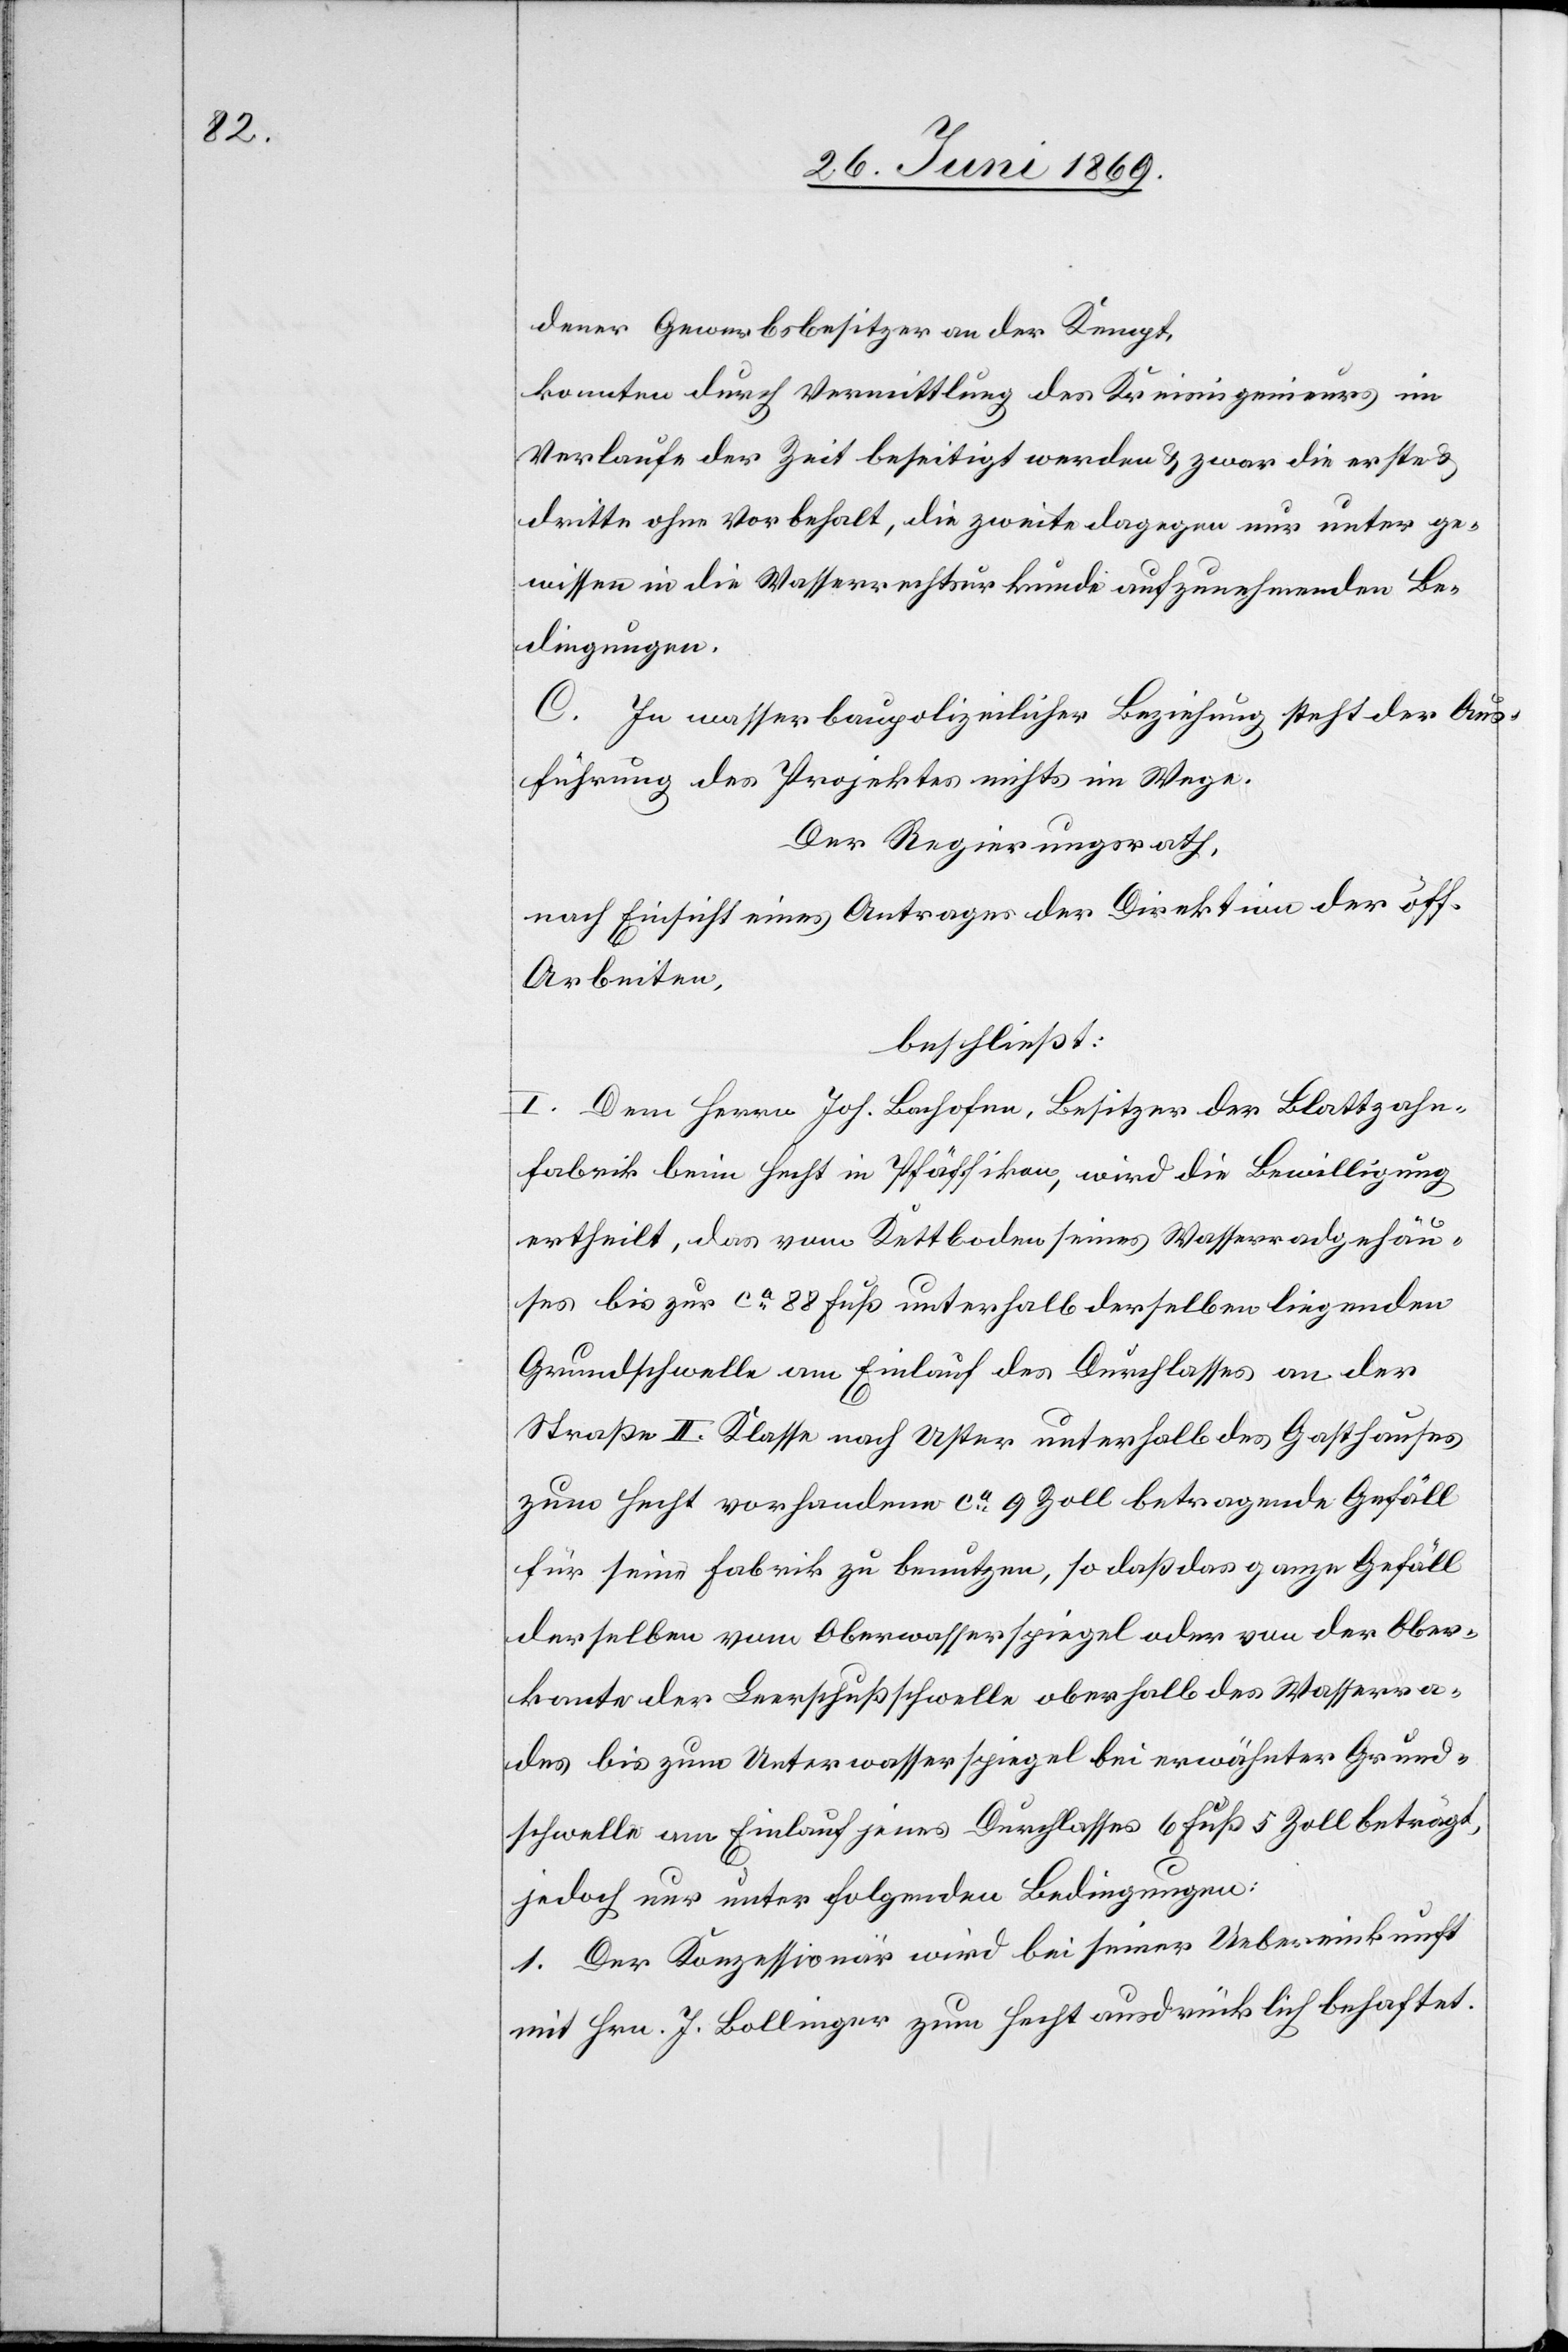
bahn¬

dener Gewerbsbesitzer an der Kempt,
konnten durch Vermittlung des Kreisingenieurs im
Verlaufe der Zeit beseitigt werden u. zwar die erste u.
dritte ohne Vorbehalt, die zweite dagegen nur unter ge¬
wissen in die Wasserrechtsurkunde aufzunehmenden Be¬
dingungen.
C. In wasserbaupolizeilicher Beziehung steht der Aus¬
führung des Projektes nichts im Wege.
Der Regierungsrath,
nach Einsicht eines Antrages der Direktion der öff.
Arbeiten,
beschließt:
I. Dem Herrn Joh. Bachofen, Besitzer der Blattzahn¬
fabrik beim Hecht in Pfäffikon, wird die Bewilligung
ertheilt, das vom Kettboden seines Wasserradgehäu¬
ses bis zur 88 Fuß unterhalb derselben liegenden
Grundschwelle am Einlauf des Durchlasses an der
Straße II. Klasse nach Uster unterhalb des Gasthauses
zum Hecht vorhandenen ca 9 Zoll betragende Gefäll
für seine Fabrik zu benutzen, so daß das ganze Gefäll
derselben vom Oberwasserspiegel oder von der Ober¬
kante der Leerschußschwelle oberhalb des Wasserra¬
des bis zum Unterwasserspiegel bei erwähnter Grund¬
schwelle am Einlauf jenes Durchflusses 6 Fuß 5 Zoll beträgt,
jedoch nur unter folgenden Bedingungen:
1. Der Konzessionär wird bei seiner Uebereinkunft
mit Hrn. J. Bollinger zum Hecht ausdrücklich behaftet.